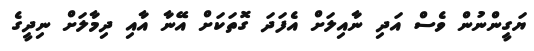
ޔަގީންނުން ވެސް އަދި ނާއިލަށް އެފަދަ ގޮތަކަށް އޭނާ އާއި ދިމާލަށް ނިދީގެ